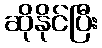
ဆိုနိုင်ပြီး